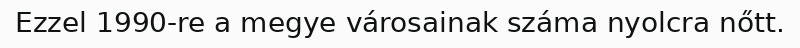
Ezzel 1990-re a megye városainak száma nyolcra nőtt.